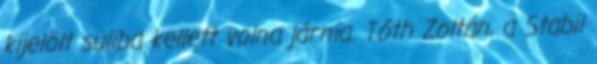
kijelölt suliba kellett volna járnia. Tóth Zoltán, a Stabil